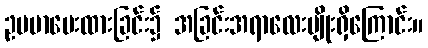
ဥပမာပေးထားခြင်း၌ အခြင်းအရာလေးမျိုးရှိကြောင်း။